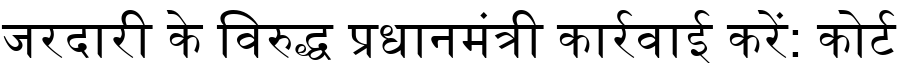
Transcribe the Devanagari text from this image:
जरदारी के विरुद्ध प्रधानमंत्री कार्रवाई करें: कोर्ट